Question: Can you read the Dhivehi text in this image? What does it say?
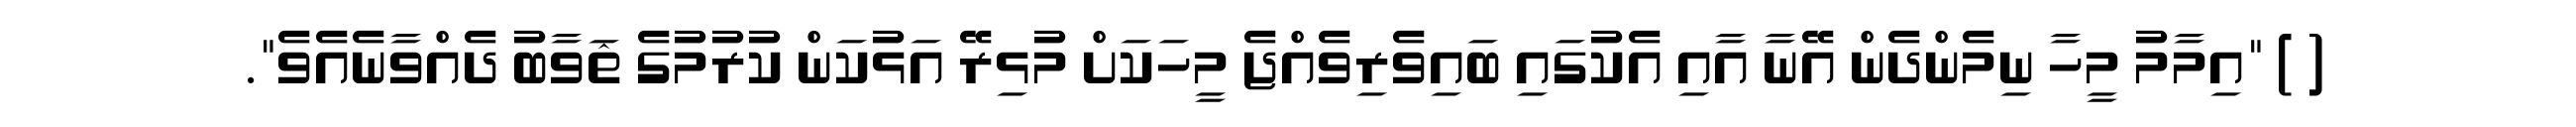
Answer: ( ) "އިމާމު މީހާ ނިމެންދެން އޭނާ އާއި އެކުގައި ބައިވެރިވެއްޖެ މީހަކަށް މުޅިރޭ އަޅުކަން ކުރުމުގެ ޘަވާބު ދެއްވާނެއެވެ".